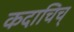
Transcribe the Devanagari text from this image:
कदाचिच्